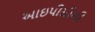
આઇપીસીસી